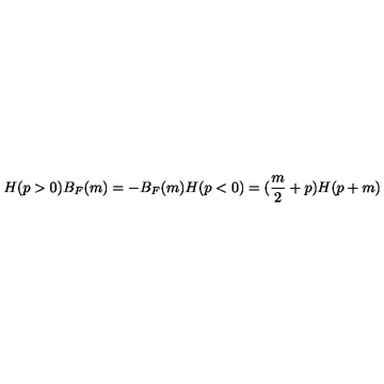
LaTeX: H ( p > 0 ) B _ { F } ( m ) = - B _ { F } ( m ) H ( p < 0 ) = ( \frac { m } { 2 } + p ) H ( p + m )